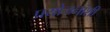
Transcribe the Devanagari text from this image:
प्रयोजनांशी